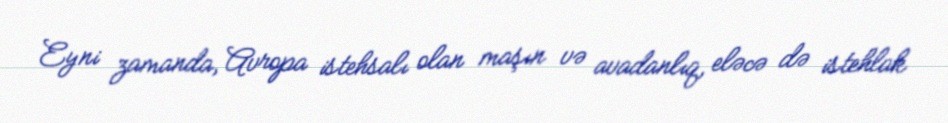
Eyni zamanda, Avropa istehsalı olan maşın və avadanlıq, eləcə də istehlak